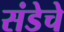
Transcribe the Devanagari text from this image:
संडेचे